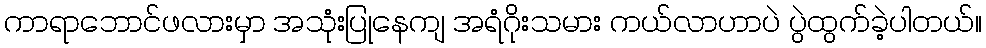
ကာရာဘောင်ဖလားမှာ အသုံးပြုနေကျ အရံဂိုးသမား ကယ်လာဟာပဲ ပွဲထွက်ခဲ့ပါတယ်။